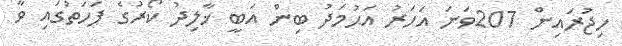
ހިޖުރައިން 207ވަނަ އަހަރު އަޙުމަދު ބިން އަބީ ޚާލިދު ކޯރުގެ ފަހަތުގައި ވާ